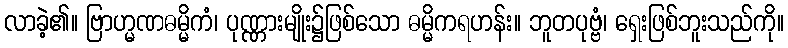
လာခဲ့၏။ ဗြာဟ္မဏဓမ္မိကံ၊ ပုဏ္ဏားမျိုး၌ဖြစ်သော ဓမ္မိကရဟန်း။ ဘူတပုဗ္ဗံ၊ ရှေးဖြစ်ဘူးသည်ကို။